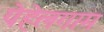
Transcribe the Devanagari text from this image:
पेहेलगाम